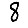
Digit: 8